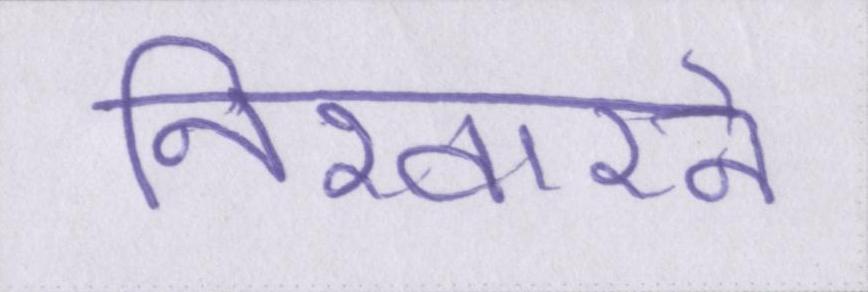
निखारने